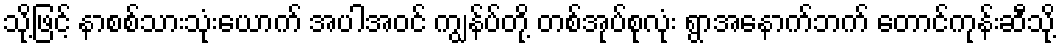
သို့ဖြင့် နာစစ်သားသုံးယောက် အပါအဝင် ကျွန်ပ်တို့ တစ်အုပ်စုလုံး ရွာအနောက်ဘက် တောင်ကုန်းဆီသို့